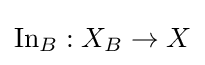
\operatorname {In} _{B}:X_{B}\to X